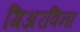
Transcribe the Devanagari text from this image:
गिअरविना